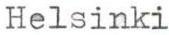
Helsinki